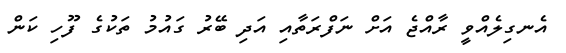
އެނގިލެއްވީ ރާއްޖެ އަށް ނަފްރަތާއި އަދި ބޭރު ގައުމު ތަކުގެ ފޫހި ކަން